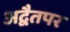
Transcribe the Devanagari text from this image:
अद्वैतपर